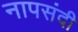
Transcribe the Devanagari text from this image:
नापसंदी